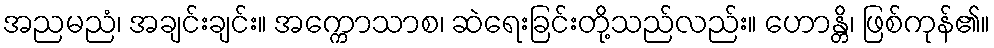
အညမညံ၊ အချင်းချင်း။ အက္ကောသာစ၊ ဆဲရေးခြင်းတို့သည်လည်း။ ဟောန္တိ၊ ဖြစ်ကုန်၏။